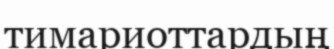
тимариоттардың